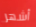
أشهر